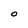
Character: O